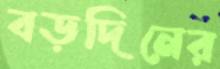
বড়দিনের